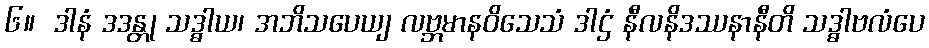
၆။  ဒါနံ ဒဒန္တု သဒ္ဓါယ၊ အဘိသပေယျ လဗ္ဘမာနဝိသေသံ ဒါဌံ နီလနိဒဿနာနီတိ သဒ္ဓါဗလံပေ